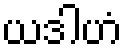
ယဒါဟံ